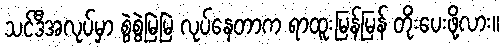
သင်ဒီအလုပ်မှာ စွဲစွဲမြဲမြဲ လုပ်နေတာက ရာထူးမြန်မြန် တိုးပေးဖို့လား။